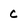
Character: c